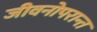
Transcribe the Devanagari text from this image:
जीवनोपरान्त